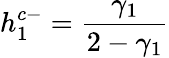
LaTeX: h_{1}^{c-}=\frac{\gamma_{1}}{2-\gamma_{1}}